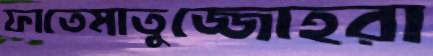
ফাতেমাতুজ্জোহরা